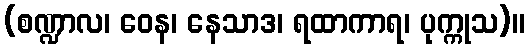
(စဏ္ဍာလ၊ ဝေန၊ နေသာဒ၊ ရထာကာရ၊ ပုက္ကုသ)။